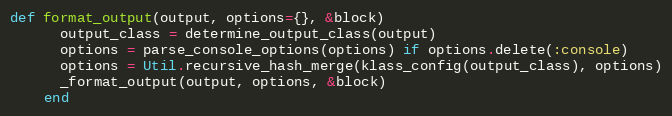
Language: Ruby
def format_output(output, options={}, &block)
      output_class = determine_output_class(output)
      options = parse_console_options(options) if options.delete(:console)
      options = Util.recursive_hash_merge(klass_config(output_class), options)
      _format_output(output, options, &block)
    end